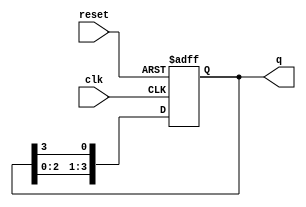
module bistable_ring_counter #(
    parameter N = 4  // Number of flip-flops
)(
    input wire clk,       // Clock input
    input wire reset,     // Asynchronous reset input
    output reg [N-1:0] q // Output of the counter
);

// Internal signal for the next state
reg [N-1:0] next_q;

// Always block for the flip-flops
always @(posedge clk or posedge reset) begin
    if (reset) begin
        // Initialize the counter to the initial state
        q <= 1'b1 << (N-1); // Set the last flip-flop to '1', others to '0'
    end else begin
        // Update the state on clock edge
        q <= next_q;
    end
end

// Combinational logic to determine the next state
always @(*) begin
    next_q = {q[N-2:0], q[N-1]}; // Shift the '1' to the next flip-flop
end

endmodule